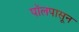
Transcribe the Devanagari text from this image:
पॉलपासून